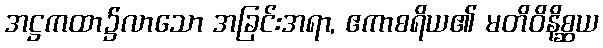
အဋ္ဌကထာ၌လာသော အခြင်းအရာ, ဧကာစရိယ၏ မတိဝိနိစ္ဆယ